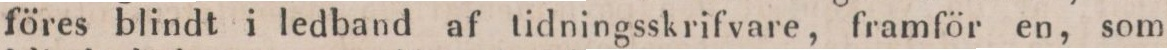
föres blindt i ledband af tidningsskrifvare, framför en, som